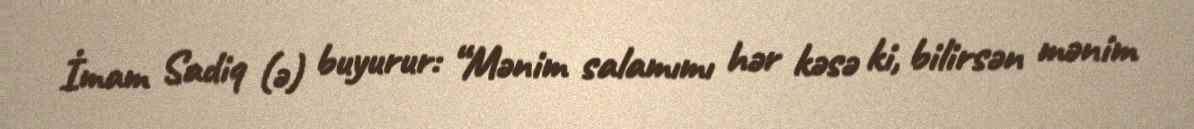
İmam Sadiq (ə) buyurur: “Mənim salamımı hər kəsə ki, bilirsən mənim